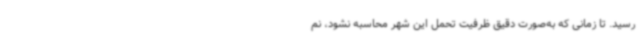
رسید. تا زمانی که به‌صورت دقیق ظرفیت تحمل این شهر محاسبه نشود، نم